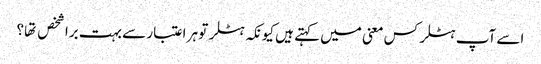
اسے آپ ہٹلر کس معنی میں کہتے ہیں کیونکہ ہٹلر تو ہر اعتبار سے بہت برا شخص تها؟